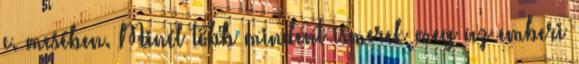
c. mesében. Minél több mindent ismerek meg az emberi